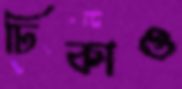
ঢিকাও